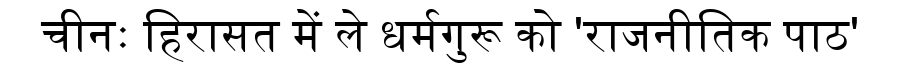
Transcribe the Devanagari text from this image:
चीनः हिरासत में ले धर्मगुरू को 'राजनीतिक पाठ'